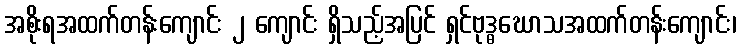
အစိုးရအထက်တန်းကျောင်း ၂ ကျောင်း ရှိသည့်အပြင် ရှင်ဗုဒ္ဓဃောသအထက်တန်းကျောင်း၊